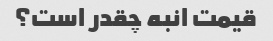
قیمت انبه چقدر است؟